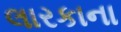
લારકાના